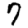
Digit: 7